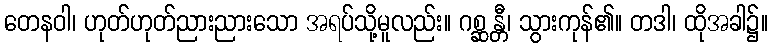
တေနဝါ၊ ဟုတ်ဟုတ်ညားညားသော အရပ်သို့မူလည်း။ ဂစ္ဆန္တီ၊ သွားကုန်၏။ တဒါ၊ ထိုအခါ၌။